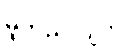
မူတည်လျက်